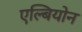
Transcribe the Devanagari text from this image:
एल्बियोन